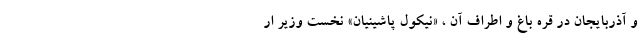
و آذربایجان در قره باغ و اطراف آن ، «نیکول پاشینیان» نخست وزیر ار